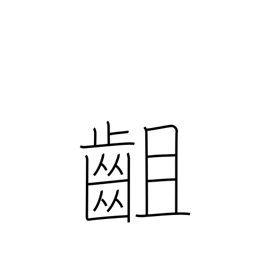
Meaning: disagree